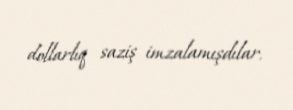
dollarlıq saziş imzalamışdılar.